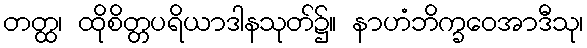
တတ္ထ၊ ထိုစိတ္တပရိယာဒါနသုတ်၌။ နာဟံဘိက္ခဝေအာဒီသု၊